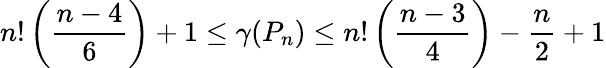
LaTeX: n!\left({\frac{n-4}{6}}\right)+1\leq\gamma(P_{n})\leq n!\left({\frac{n-3}{4}}\right)-{\frac{n}{2}}+1